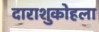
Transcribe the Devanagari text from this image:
दाराशुकोहला